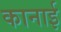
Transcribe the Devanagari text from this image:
कानाई